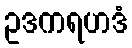
ဥဒကရဟဒံ